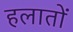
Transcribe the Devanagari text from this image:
हलातों